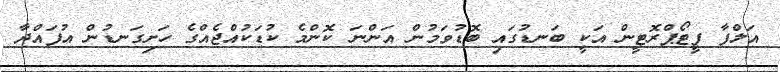
އަލްފާ ފީޓޯޕްރޮޓީން އަކީ ބަނޑުގައި ބޮޑުވަމުން އަންނަ ކޮޮންމެ ކުޑަކުއްޖެއްގެ ހަށިގަނޑުން އުފައްދާ